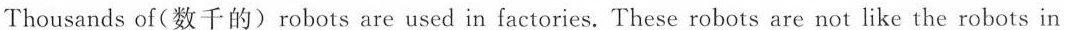
Thousands of(数千的)robots are used in factories. These robots are not like the robots in